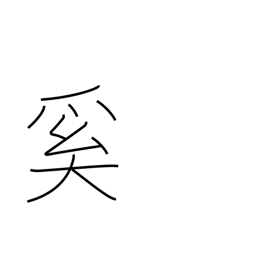
Meaning: why